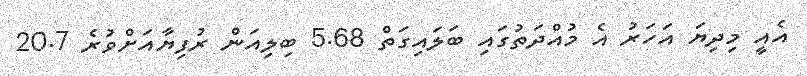
އެއީ މިދިޔަ އަހަރު އެ މުއްދަތުގައި ބަލައިގަތް 5.68 ބިލިއަން ރުފިޔާއަށްވުރެ 20.7